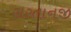
સરતાનજી